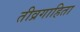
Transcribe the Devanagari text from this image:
तीव्रगाहिता